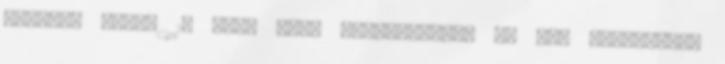
Horváth Gyula 15 évig volt fôigazgatója az MTA Regionális